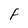
Character: F